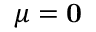
\boldsymbol { \mu } = \mathbf { 0 }